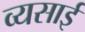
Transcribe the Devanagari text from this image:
व्यसाई